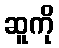
ဆူကို